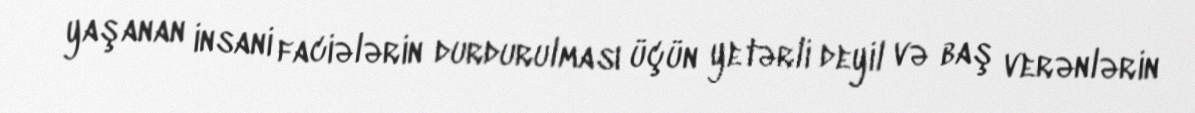
yaşanan insani faciələrin durdurulması üçün yetərli deyil və baş verənlərin